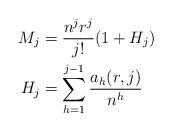
LaTeX: \begin{align*} M_j &= \frac{n^jr^j}{j!} (1+H_j) \\ H_j &= \sum_{h=1}^{j-1} \frac{a_h(r,j)}{n^h} \end{align*}